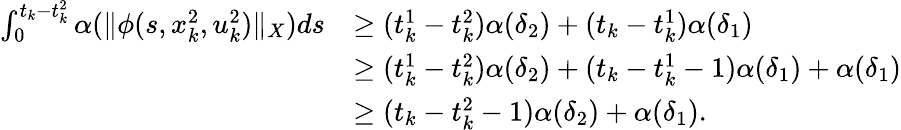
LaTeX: \begin{array}{rl}{\int_{0}^{t_{k}-t_{k}^{2}}\alpha(\| \phi(s,x_{k}^{2},u_{k}^{2})\| _{X})ds}&{\geq(t_{k}^{1}-t_{k}^{2})\alpha(\delta_{2})+(t_{k}-t_{k}^{1})\alpha(\delta_{1})}\\ &{\geq(t_{k}^{1}-t_{k}^{2})\alpha(\delta_{2})+(t_{k}-t_{k}^{1}-1)\alpha(\delta_{1})+\alpha(\delta_{1})}\\ &{\geq(t_{k}-t_{k}^{2}-1)\alpha(\delta_{2})+\alpha(\delta_{1}).}\end{array}